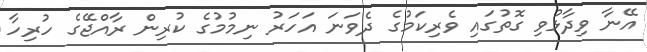
އޭނާ ވިދާޅުވި ގޮތުގައި ވެރިކަމުގެ ދެވަނަ އަހަރު ނިމުމުގެ ކުރިން ރާއްޖޭގެ ހުރިހާ